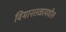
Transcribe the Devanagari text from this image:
विमानतळामधील